Indian journal of veterinary science and animal husbandry - Volumes 24-25, 1954-1955
Year: 1954
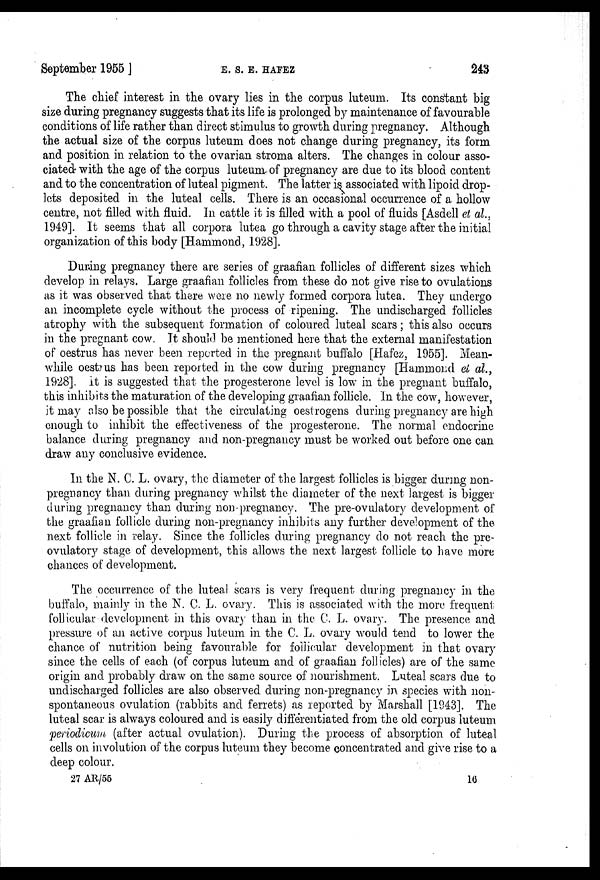
September 1955 ]
E.
S.
E.
HAFEZ
243
The chief interest in the ovary lies in the corpus luteum. Its constant big
size during pregnancy suggests that its life is prolonged by maintenance of favourable
conditions of life rather than direct stimulus to growth during pregnancy. Although
the actual size of the corpus luteum does not change during pregnancy, its form
and position in relation to the ovarian stroma alters. The changes in colour asso-
ciated with the age of the corpus luteum of pregnancy are due to its blood content
and to the concentration of luteal pigment. The latter is associated with lipoid drop-
lets deposited in the luteal cells. There is an occasional occurrence of a hollow
centre, not filled with fluid. In cattle it is filled with a pool of fluids [Asdell et al.,
1949]. It seems that all corpora lutea go through a cavity stage after the initial
organization of this body [Hammond, 1928].
During pregnancy there are series of graafian follicles of different sizes which
develop in relays. Large graafian follicles from these do not give rise to ovulations
as it was observed that there were no newly formed corpora lutea. They undergo
an incomplete cycle without the process of ripening. The undischarged follicles
atrophy with the subsequent formation of coloured luteal scars; this also occurs
in the pregnant cow. It should be mentioned here that the external manifestation
of oestrus has never been reported in the pregnant buffalo [Hafez, 1955]. Mean-
while oestrus has been reported in the cow during pregnancy [Hammond et al.,
1928]. It is suggested that the progesterone level is low in the pregnant buffalo,
this inhibits the maturation of the developing graafian follicle. In the cow, however,
it may also be possible that the circulating oestrogens during pregnancy are high
enough to inhibit the effectiveness of the progesterone. The normal endocrine
balance during pregnancy and non-pregnancy must be worked out before one can
draw any conclusive evidence.
In the N. C. L. ovary, the diameter of the largest follicles is bigger during non-
pregnancy than during pregnancy whilst the diameter of the next largest is bigger
during pregnancy than during non-pregnancy. The pre-ovulatory development of
the graafian follicle during non-pregnancy inhibits any further development of the
next follicle in relay. Since the follicles during pregnancy do not reach the pre-
ovulatory stage of development, this allows the next largest follicle to have more
chances of development.
The occurrence of the luteal scars is very frequent during pregnancy in the
buffalo, mainly in the N. C. L. ovary. This is associated with the more frequent
follicular development in this ovary than in the C. L. ovary. The presence and
pressure of an active corpus luteum in the C. L. ovary would tend to lower the
chance of nutrition being favourable for follicular development in that ovary
since the cells of each (of corpus luteum and of graafian follicles) are of the same
origin and probably draw on the same source of nourishment. Luteal scars due to
undischarged follicles are also observed during non-pregnancy in species with non-
spontaneous ovulation (rabbits and ferrets) as reported by Marshall [1943]. The
luteal scar is always coloured and is easily differentiated from the old corpus luteum
periodicum (after actual ovulation). During the process of absorption of luteal
cells on involution of the corpus luteum they become concentrated and give rise to a
deep colour.
27 AR/55
16